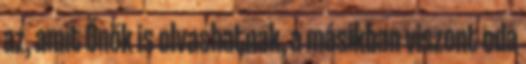
az, amit Önök is olvashatnak, a másikban viszont oda